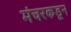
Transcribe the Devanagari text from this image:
मंचरकडून